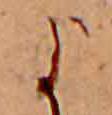
よ